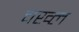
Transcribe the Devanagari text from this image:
चख्ल